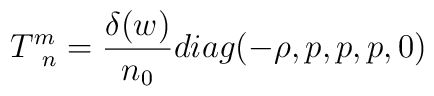
T^m_{\;\; n}=\frac{\delta(w)}{n_0}diag(-\rho,p,p,p,0)